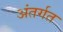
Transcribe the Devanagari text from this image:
अंतर्गत